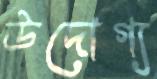
উদোগ্য